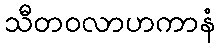
သီတဝလာဟကာနံ